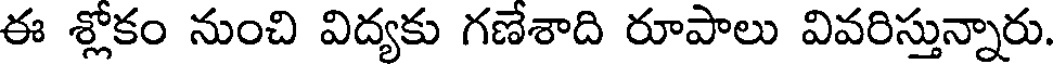
ఈ శ్లోకం నుంచి విద్యకు గణేశాది రూపాలు వివరిస్తున్నారు.